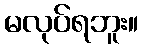
မလုပ်ရဘူး။